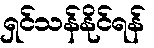
ရှင်သန်နိုင်ရန်